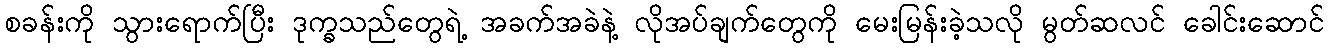
စခန်းကို သွားရောက်ပြီး ဒုက္ခသည်တွေရဲ့ အခက်အခဲနဲ့ လိုအပ်ချက်တွေကို မေးမြန်းခဲ့သလို မွတ်ဆလင် ခေါင်းဆောင်